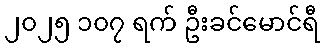
၂၀၂၅ ၁၀၇ ရက် ဦးခင်မောင်ရီ